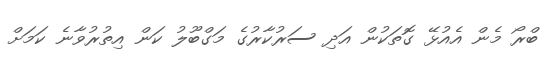
ބްރޯ މެން އެއުޅޭ ގޮތަކުން އަދި ސަރުކާރުގެ މަގްބޫލު ކަން އިތުރުވާނެ ކަމަށް